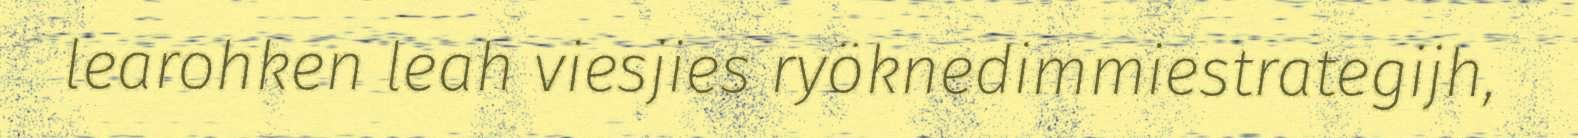
learohken leah viesjies ryöknedimmiestrategijh,